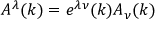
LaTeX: A ^ { \lambda } ( k ) = e ^ { \lambda \nu } ( k ) A _ { \nu } ( k )